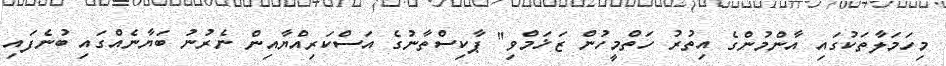
މިހަމަލާތަކުގައި އާންމުންގެ އިތުރު ހަތްމީހުން ޒަޚަމްވި" ޕާކިސްތާނުގެ އަސްކަރިއްޔާއިން ނެރުނު ބަޔާނެއްގައި ބުނެފައި